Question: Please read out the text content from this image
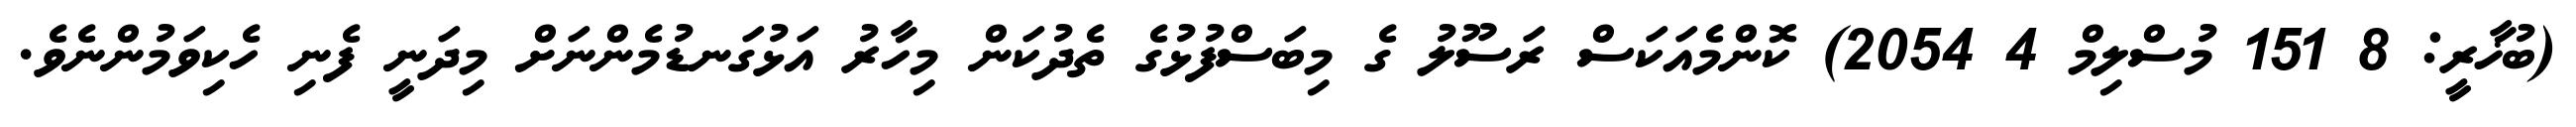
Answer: (ބުޚާރީ: 8 151 މުސްލިމް 4 2054) ކޮންމެއަކަސް ރަސޫލު ގެ މިބަސްފުޅުގެ ތެދުކަން މިހާރު އަޅުގަނޑުމެންނަށް މިދަނީ ފެނި ހެކިވަމުންނެވެ.